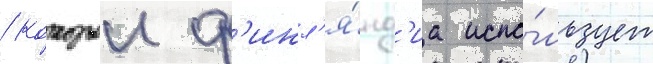
/ которыи ф'инл'я́нд'иа испо́льзует